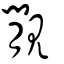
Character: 覵